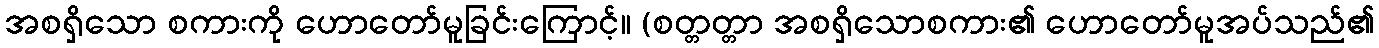
အစရှိသော စကားကို ဟောတော်မူခြင်းကြောင့်။ (စတ္တတ္တာ အစရှိသောစကား၏ ဟောတော်မူအပ်သည်၏